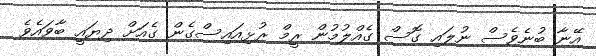
އޭނާ ބުނެވެސް ނުލައި ގޮސް ގެއްލުމުން ރީމް ރުޅިއައިސްގެން ގެއަށް ދިޔައީ ބާވައެވެ